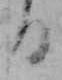
る